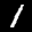
Label: 1